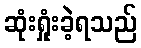
ဆုံးရှုံးခဲ့ရသည်